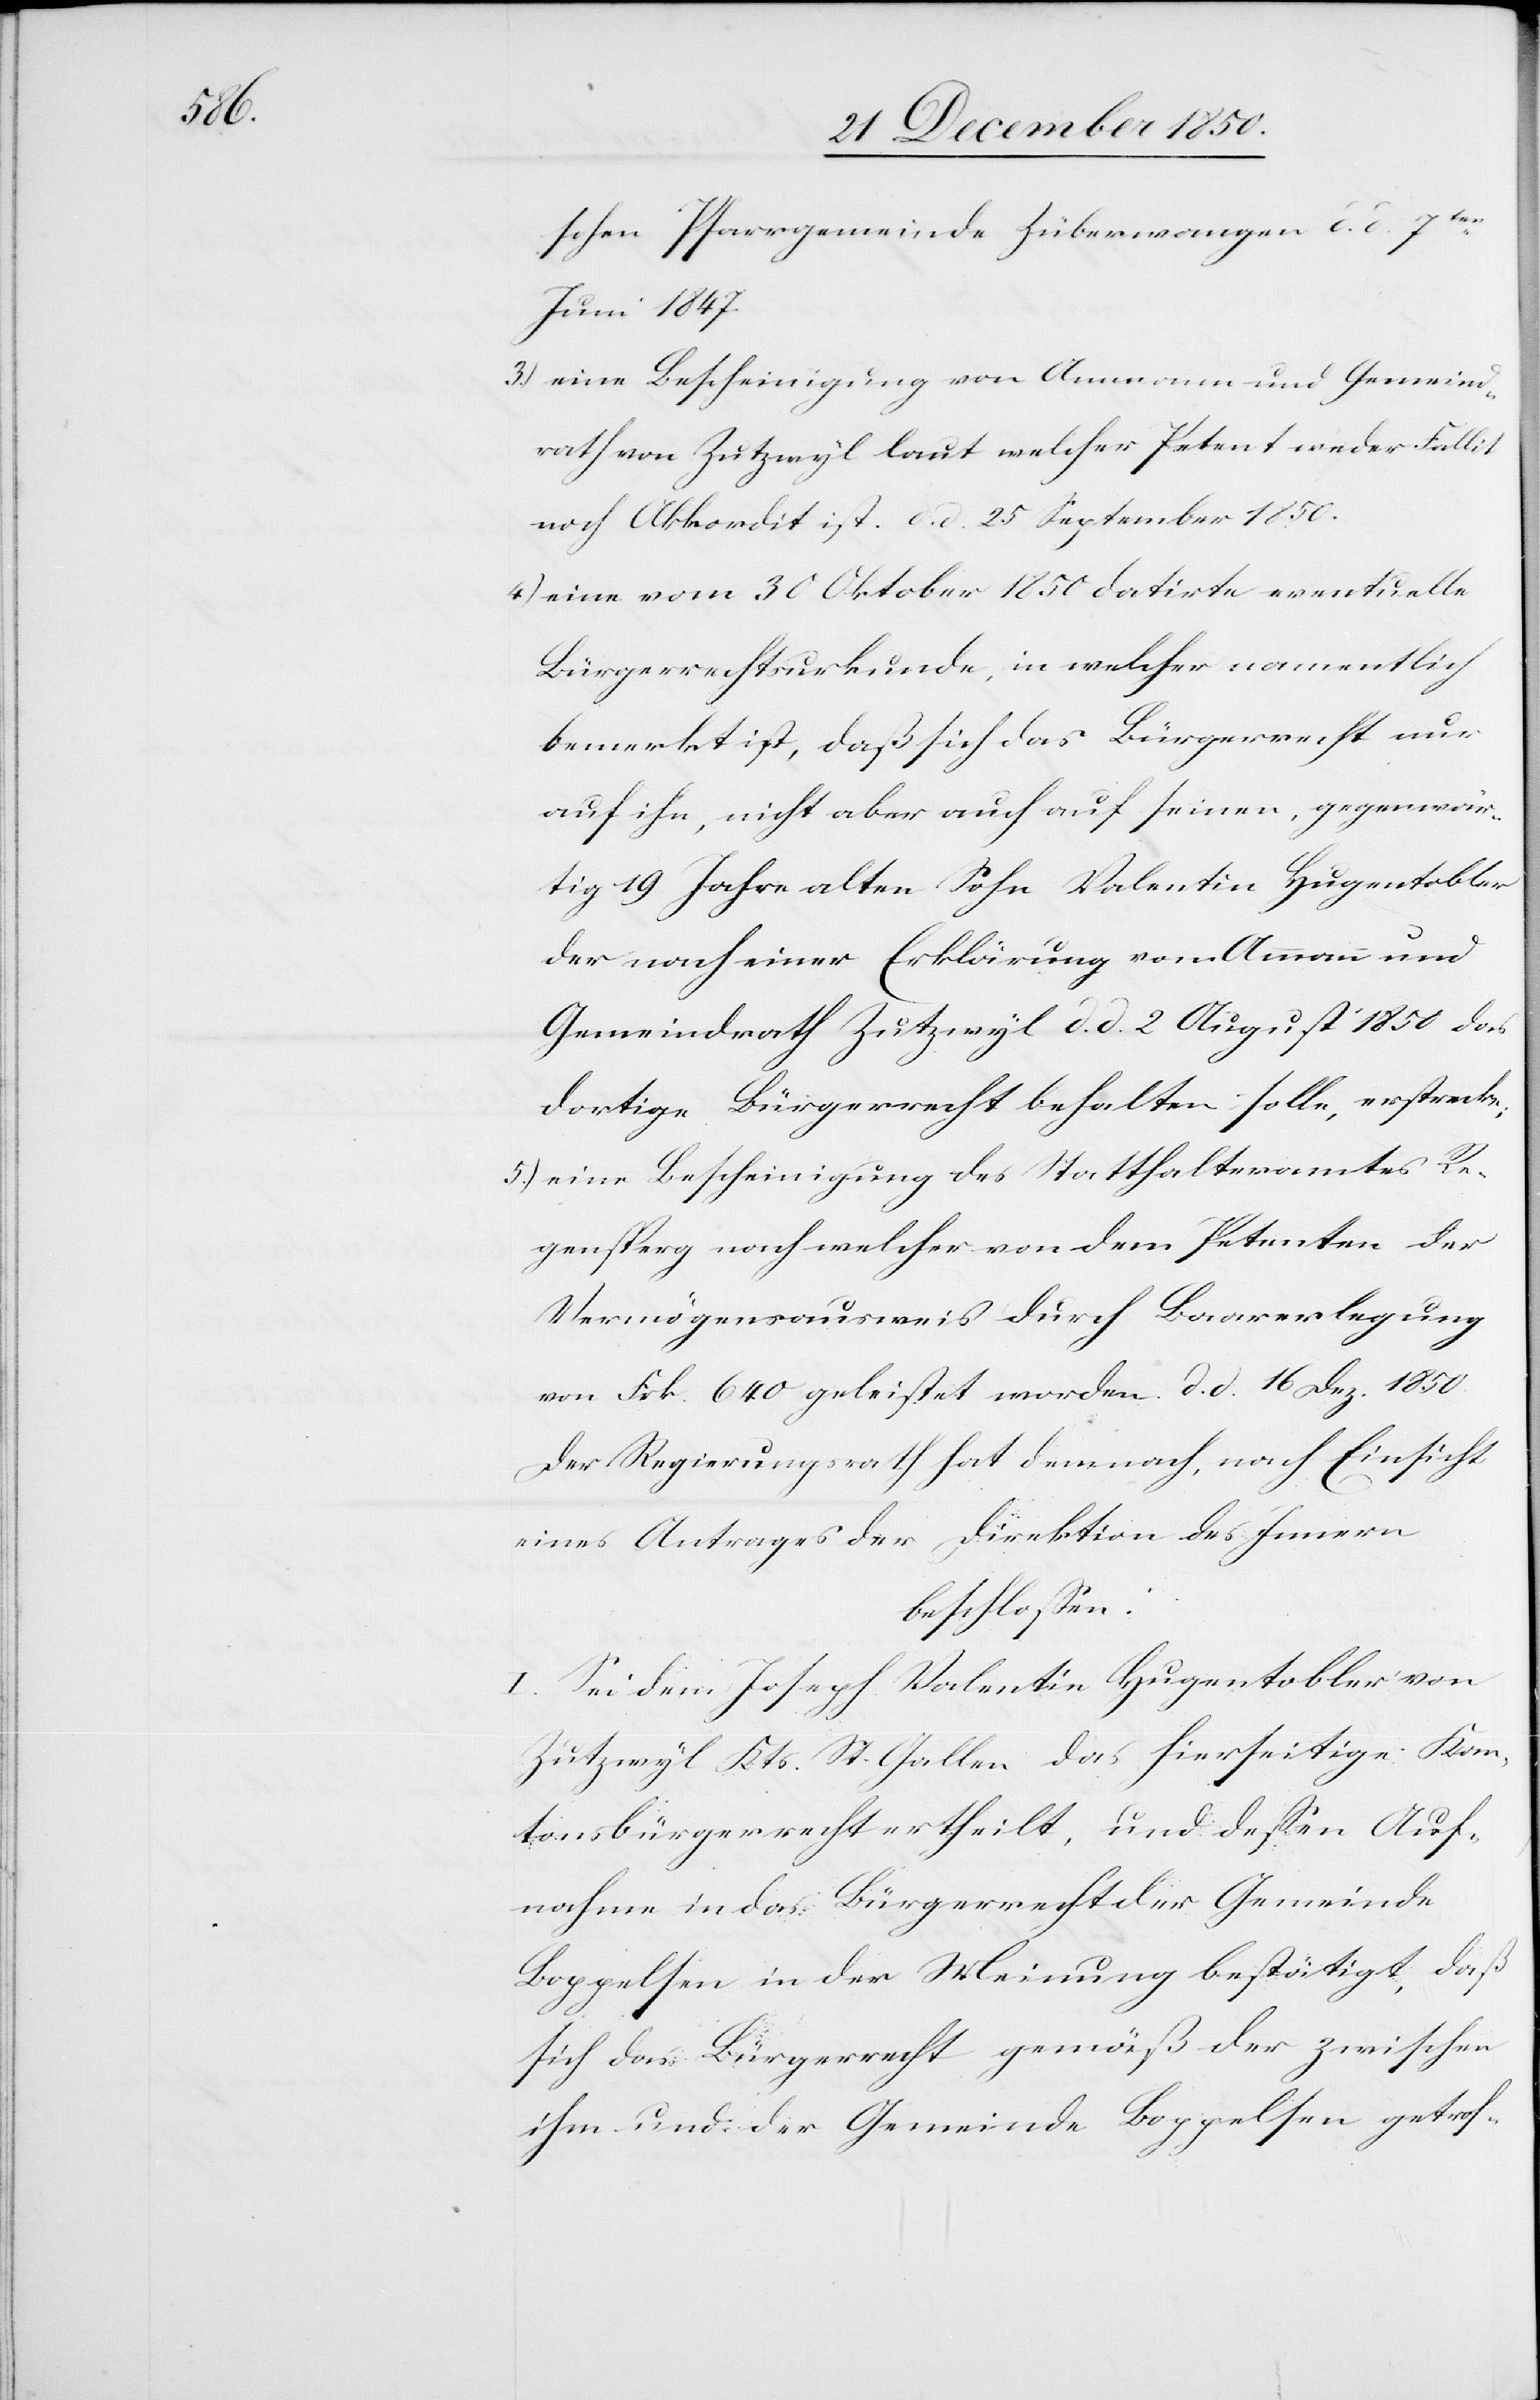
schen Pfarrgemeinde Züberwangen d. d. 7ten
Juni 1847.
3.) eine Bescheinigung von Ammann und Gemeind¬
rath von Zutzwyl laut welcher Petent weder Fallit
noch Akkordit ist, d. d. 25 September 1850.
4) eine vom 30 Oktober 1850 datirte eventuelle
Bürgerrechtsurkunde, in welcher namentlich
bemerkt ist, daß sich das Bürgerrecht nur
auf ihn, nicht aber auch auf seinen, gegenwär¬
tig 19 Jahre alten Sohn Valentin Hugentobler
der nach einer Erklärung vom Ammann und
Gemeindrath Zutzwyl d. d. 2 August 1850 das
dortige Bürgerrecht behalten solle, erstrecke;
5.) eine Bescheinigung des Statthalteramtes Re¬
gensperg nach welcher von dem Petenten der
Vermögensausweis durch Baarerlegung
von Frk. 640 geleistet worden. d. d. 16 Dez. 1850.
Der Regierungsrath hat demnach, nach Einsicht
eines Antrages der Direktion des Innern
beschlossen:
I. Sei dem Joseph Valentin Hugentobler von
Zutzwyl Kts. St. Gallen das hierseitige Kan¬
tonsbürgerrecht ertheilt, und dessen Auf¬
nahme in das Bürgerrecht der Gemeinde
Boppelsen in der Meinung bestätigt, daß
sich das Bürgerrecht gemäß der zwischen
ihm und der Gemeinde Boppelsen getrof-